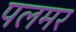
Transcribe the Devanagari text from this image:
पलमर